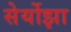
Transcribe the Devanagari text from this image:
सेर्योझा